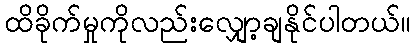
ထိခိုက်မှုကိုလည်းလျှော့ချနိုင်ပါတယ်။